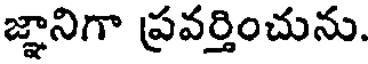
జ్ఞానిగా ప్రవర్తించును.